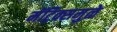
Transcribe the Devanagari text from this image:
मॅट्रिक्समुळे